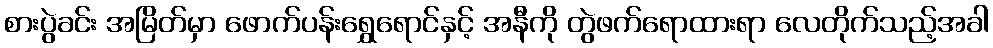
စားပွဲခင်း အမြိတ်မှာ ဖောက်ပန်းရွှေရောင်နှင့် အနီကို တွဲဖက်ရောထားရာ လေတိုက်သည့်အခါ